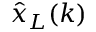
{ \hat { x } } _ { L } ( k )